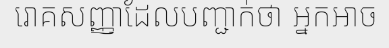
រោគសញ្ញាដែលបញ្ជាក់ថា អ្នកអាច